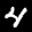
Label: 4